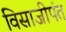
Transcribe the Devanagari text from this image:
विसाजीपंत